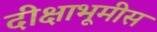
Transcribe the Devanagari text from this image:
दीक्षाभूमीस